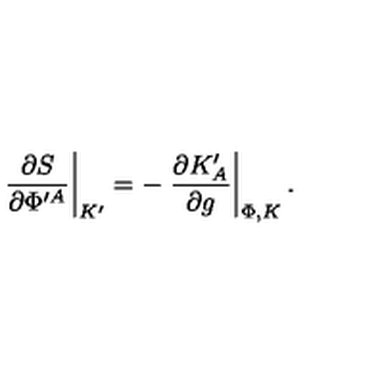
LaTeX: \left. { \frac { \partial S } { \partial \Phi ^ { \prime A } } } \right| _ { K ^ { \prime } } = - \left. { \frac { \partial K _ { A } ^ { \prime } } { \partial g } } \right| _ { \Phi , K } .